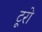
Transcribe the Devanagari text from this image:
टूरो